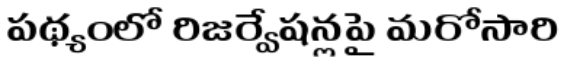
పథ్యంలో రిజర్వేషన్లపై మరోసారి